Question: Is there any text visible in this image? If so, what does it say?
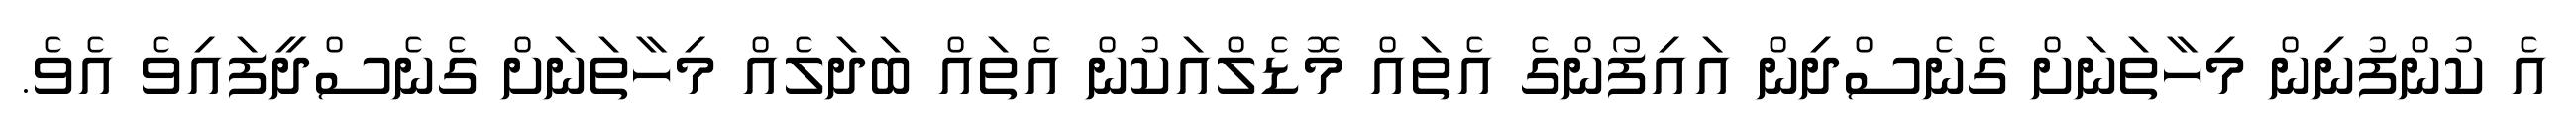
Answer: އެ ކުންފުނިން މިހާތަނަށް ގެނެސްދިން އައިފޯންގެ އެތައް މޮޑެލްއަކުން އެތައް ބަދަލެއް މިހާތަނަށް ގެނެސްދީފައިވެ އެވެ.